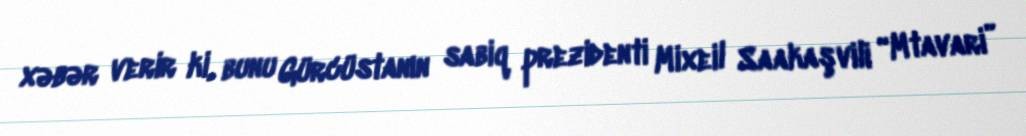
xəbər verir ki, bunu Gürcüstanın sabiq prezidenti Mixeil Saakaşvili “Mtavari”